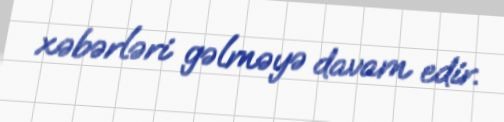
xəbərləri gəlməyə davam edir.